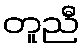
တူညီ